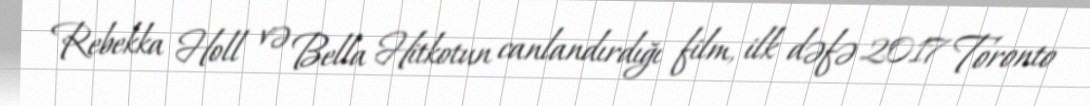
Rebekka Holl və Bella Hitkotun canlandırdığı film, ilk dəfə 2017 Toronto